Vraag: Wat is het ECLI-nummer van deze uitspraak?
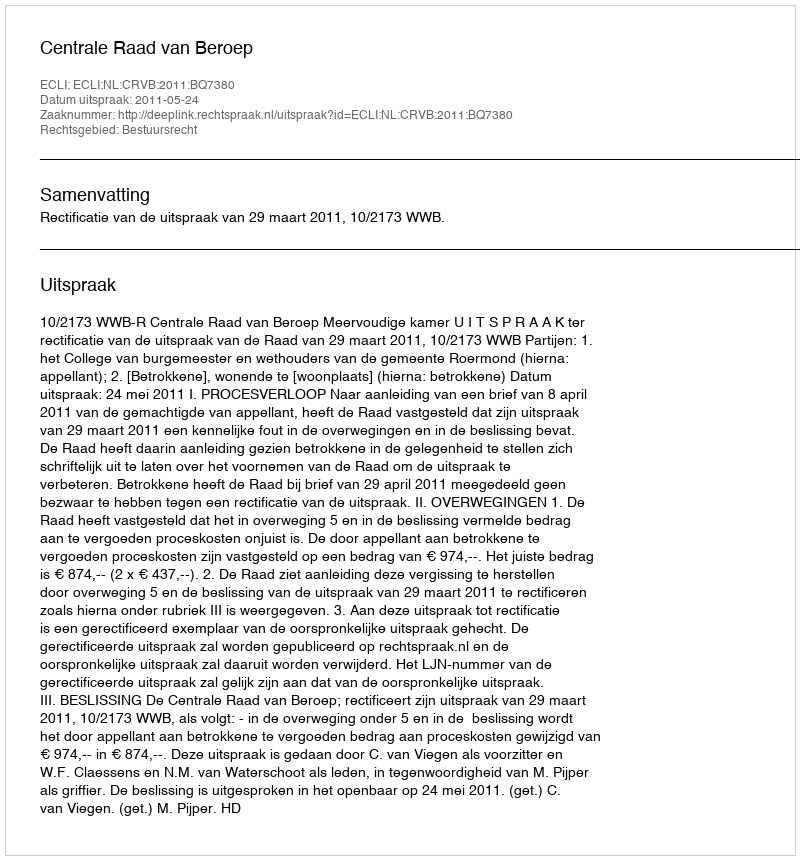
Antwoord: ECLI:NL:CRVB:2011:BQ7380